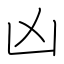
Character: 凶